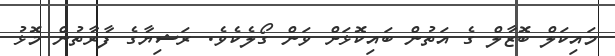
މައިކަލް ބޮޒާލް ގެ އަތުން ބައިކޮޅަށް ވަން ގޯލެކެވެ. ރަޝިޔާގެ ފާރާތުން މޮޅު